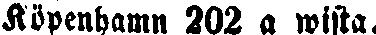
Köpenhamn 202 a wista.